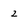
Character: 2